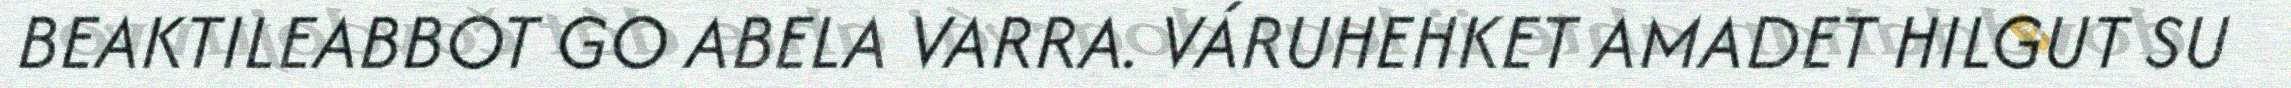
BEAKTILEABBOT GO ABELA VARRA. VÁRUHEHKET AMADET HILGUT SU